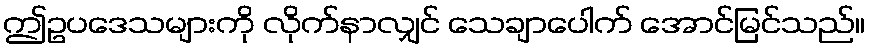
ဤဥပဒေသများကို လိုက်နာလျှင် သေချာပေါက် အောင်မြင်သည်။